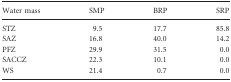
<table><thead><tr><td><b>Water mass</b></td><td><b>SMP</b></td><td><b>BRP</b></td><td><b>SRP</b></td></tr></thead><tbody><tr><td>STZ</td><td>9.5</td><td>17.7</td><td>85.8</td></tr><tr><td>SAZ</td><td>16.8</td><td>40.0</td><td>14.2</td></tr><tr><td>PFZ</td><td>29.9</td><td>31.5</td><td>0.0</td></tr><tr><td>SACCZ</td><td>22.3</td><td>10.1</td><td>0.0</td></tr><tr><td>WS</td><td>21.4</td><td>0.7</td><td>0.0</td></tr></tbody></table>